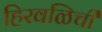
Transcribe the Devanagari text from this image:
हिरवळिची